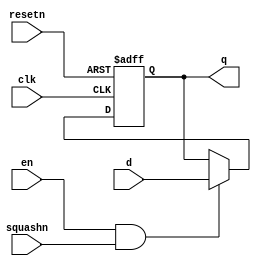
/****************************************************************************
          Generic Register
****************************************************************************/
module hi_reg_32(d,clk,resetn,squashn,en,q);

input clk;
input resetn;
input squashn;
input en;
input [32-1:0] d;
output [32-1:0] q;
reg [32-1:0] q;

always @(posedge clk or negedge resetn)		//asynchronous reset
begin
	if (resetn==0)
		q<=0;
	else if (en==1 && squashn)
		q<=d;
end

endmodule